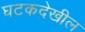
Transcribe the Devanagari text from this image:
घटकदेखील